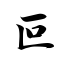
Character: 叵